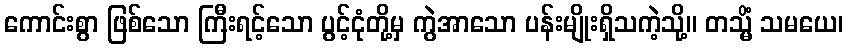
ကောင်းစွာ ဖြစ်သော ကြီးရင့်သော ပွင့်ငုံတို့မှ ကွဲအာသော ပန်းမျိုးရှိသကဲ့သို့။ တသ္မိံ သမယေ၊